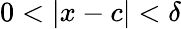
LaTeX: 0<|x-c|<\delta